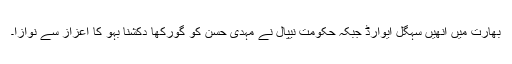
بھارت میں انھیں سہگل ایوارڈ جبکہ حکومت نیپال نے مہدی حسن کو گورکھا دکشنا بہو کا اعزاز سے نوازا۔